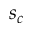
s _ { c }